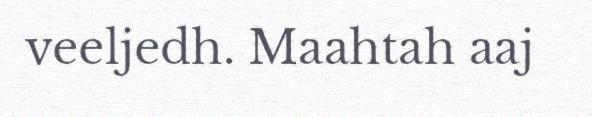
veeljedh. Maahtah aaj